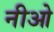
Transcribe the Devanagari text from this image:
नीओ